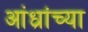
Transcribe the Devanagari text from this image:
आंध्रांच्या